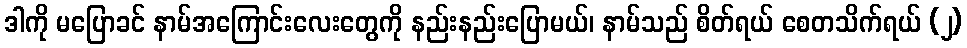
ဒါကို မပြောခင် နာမ်အကြောင်းလေးတွေကို နည်းနည်းပြောမယ်၊ နာမ်သည် စိတ်ရယ် စေတသိက်ရယ် (၂)